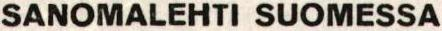
SANOMALEHTI SUOMESSA